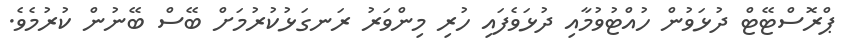
ޕްރޮސްޓޭޓް ދުޅަވުން ހުއްޓުވުމާއި ދުޅަވެފައި ހުރި މިންވަރު ރަނގަޅުކުރުމަށް ބޭސް ބޭނުން ކުރުމެވެ.